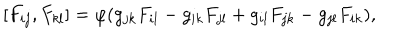
\hspace { + 5 e m } [ F _ { i j } , F _ { k l } ] = \varphi ( g _ { j k } F _ { i l } - g _ { i k } F _ { j l } + g _ { i l } F _ { j k } - g _ { j l } F _ { i k } ) ,